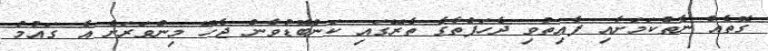
ގޮތެއް ނެތްކަމަށާއި ފާއިތުވި ދެހަފްތާގެ ތެރޭގައި ކަންބޮޑުވާން ޖެހޭ މިންވަރަށް އެ ގައުމު